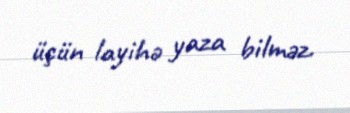
üçün layihə yaza bilməz.